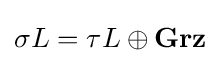
\sigma L=\tau L\oplus \mathbf {Grz}